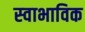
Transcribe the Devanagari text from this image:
स्‍वाभाविक